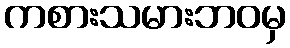
ကစားသမားဘဝမှ